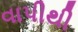
વાપીથી